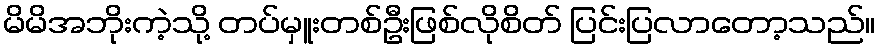
မိမိအဘိုးကဲ့သို့ တပ်မှူးတစ်ဦးဖြစ်လိုစိတ် ပြင်းပြလာတော့သည်။